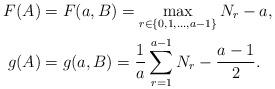
LaTeX: \begin{align*}F(A)&=F(a, B)=\max_{r\in \lbrace 0, 1, ..., a-1\rbrace}N_r -a,\\g(A)&=g(a, B)=\frac{1}{a}\sum_{r=1}^{a-1}N_r-\frac{a-1}{2}.\end{align*}